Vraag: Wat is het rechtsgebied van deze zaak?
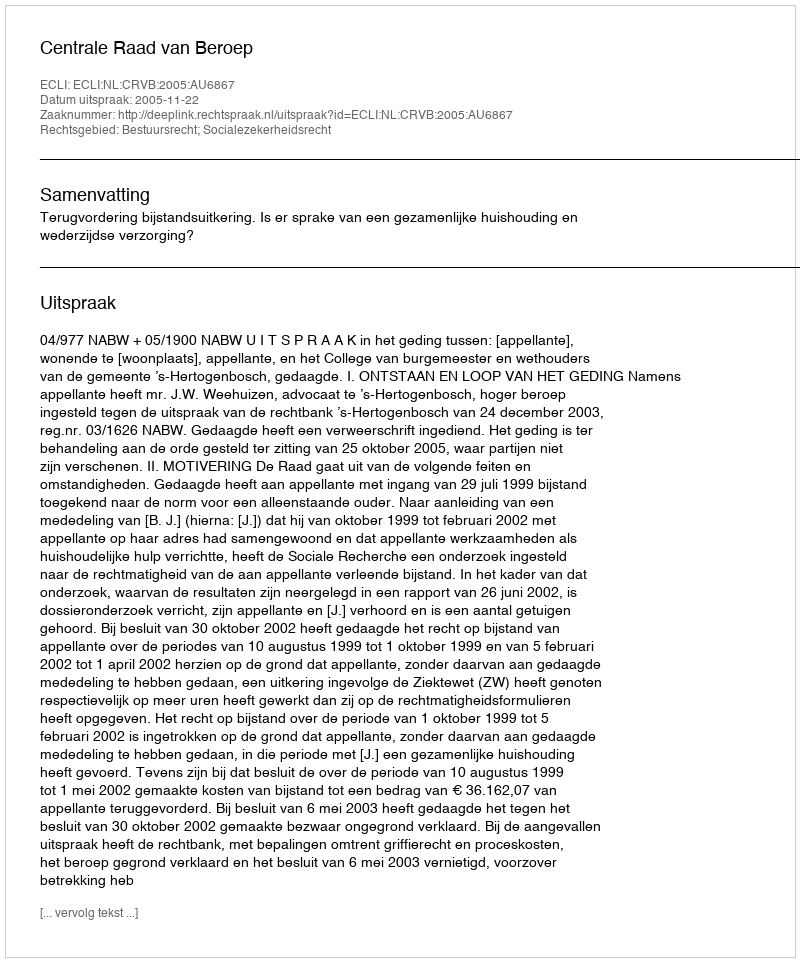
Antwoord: Bestuursrecht; Socialezekerheidsrecht